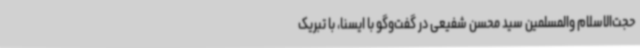
حجت‌الاسلام والمسلمین سید محسن شفیعی در گفت‌وگو با ایسنا، با تبریک